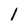
Character: 1